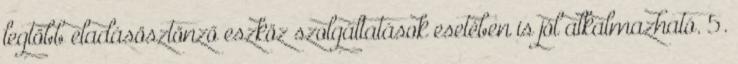
legtöbb eladásösztönző eszköz szolgáltatások esetében is jól alkalmazható. 5.